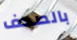
بالصحف